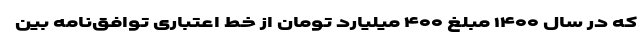
که در سال ۱۴۰۰ مبلغ ۴۰۰ میلیارد تومان از خط اعتباری توافق‌نامه بین